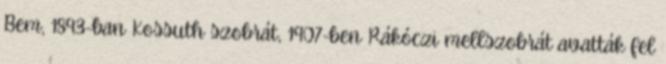
Bem, 1893-ban Kossuth szobrát, 1907-ben Rákóczi mellszobrát avatták fel